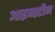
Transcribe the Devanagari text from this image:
आइन्‍स्‍टीन